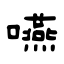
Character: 嚥